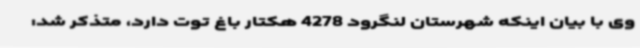
وی با بیان اینکه شهرستان لنگرود 4278 هکتار باغ توت دارد، متذکر شد: